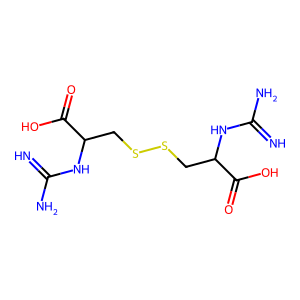
SMILES: N=C(N)NC(CSSCC(NC(=N)N)C(=O)O)C(=O)O
Inhibits HIV replication: No